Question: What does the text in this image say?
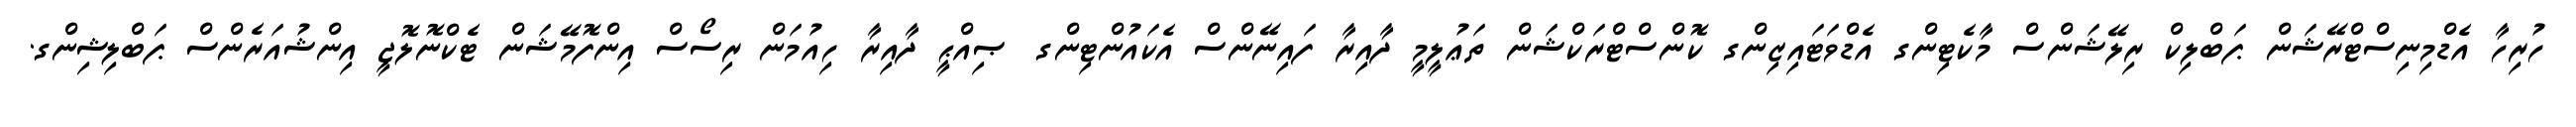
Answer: ހުރިހާ އެޑްމިނިސްޓްރޭޝަން ޕަބްލިކް ރިލޭޝަންސް މާކެޓިންގ އެޑްވަޓައިޒިންގ ކޮންސްޓްރަކްޝަން ތަޢުލީމީ ދާއިރާ ފައިނޭންސް އެކައުންޓިންގ ޞިއްޙީ ދާއިރާ ހިއުމަން ރިސޯސް އިންފޮމޭޝަން ޓެކްނޮލޮޖީ އިންޝުއަރެންސް ޕަބްލިޝިންގ.